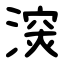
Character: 㴱